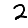
Digit: 2